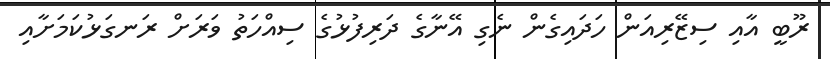
ރޫބީ އާއި ސިޒޭރިއަން ހަދައިގެން ނެގި އޭނާގެ ދަރިފުޅުގެ ސިއްހަތު ވަރަށް ރަނގަޅުކަމަށާއި